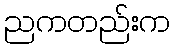
ညကတည်းက